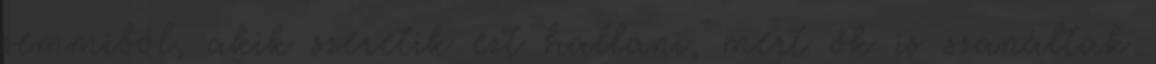
semmiből, akik szeretik ezt hallani, mert ők is szanáltak